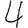
Digit: 4